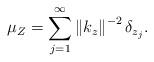
LaTeX: \begin{align*}\mu_{Z}=\sum_{j=1}^{\infty}\left\Vert k_{z}\right\Vert ^{-2}\delta_{z_{j}}.\end{align*}